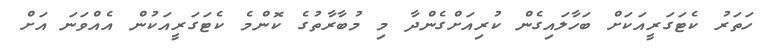
ހަތަރު ކެޓަގަރީއަކަށް ބަހާލައިގެން ކުރިއަށްގެންދާ މި މުބާރާތުގެ ކޮންމެ ކެޓަގަރީއަކުން އެއްވަނަ އަށް